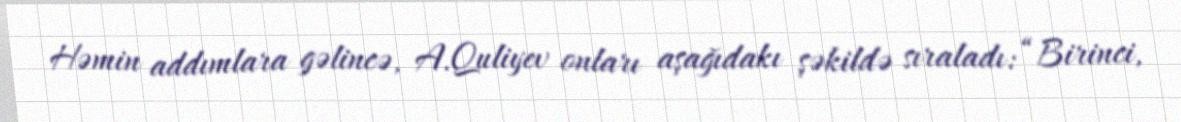
Həmin addımlara gəlincə, A.Quliyev onları aşağıdakı şəkildə sıraladı: “Birinci,